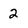
Character: 2